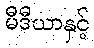
မီဒီယာနှင့်